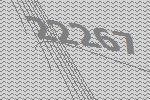
22267